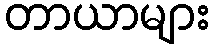
တာယာများ